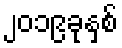
၂၀၁၉ခုနှစ်